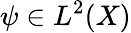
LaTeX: \psi\in L^{2}(X)